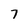
Character: 7